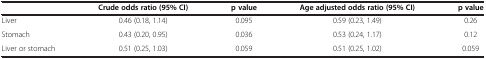
|  | Crude odds ratio (95% CI) | p value | Age adjusted odds ratio (95% CI) | p value |
 | --- | --- | --- | --- | --- |
 | Liver | 0.46 (0.18, 1.14) | 0.095 | 0.59 (0.23, 1.49) | 0.26 |
 | Stomach | 0.43 (0.20, 0.95) | 0.036 | 0.53 (0.24, 1.17) | 0.12 |
 | Liver or stomach | 0.51 (0.25, 1.03) | 0.059 | 0.51 (0.25, 1.02) | 0.059 |